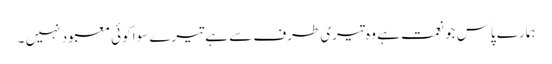
ہمارے پاس جو نعمت ہے وہ تیری طرف سے ہے تیرے سوا کوئی معبود نہیں ۔